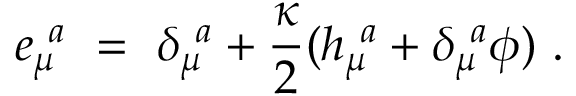
e _ { \mu } ^ { ~ a } \ = \ \delta _ { \mu } ^ { ~ a } + { \frac { \kappa } { 2 } } ( h _ { \mu } ^ { ~ a } + \delta _ { \mu } ^ { ~ a } \phi ) \ .